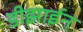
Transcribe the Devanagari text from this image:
डीझाईन